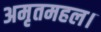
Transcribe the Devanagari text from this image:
अमृतमहल।